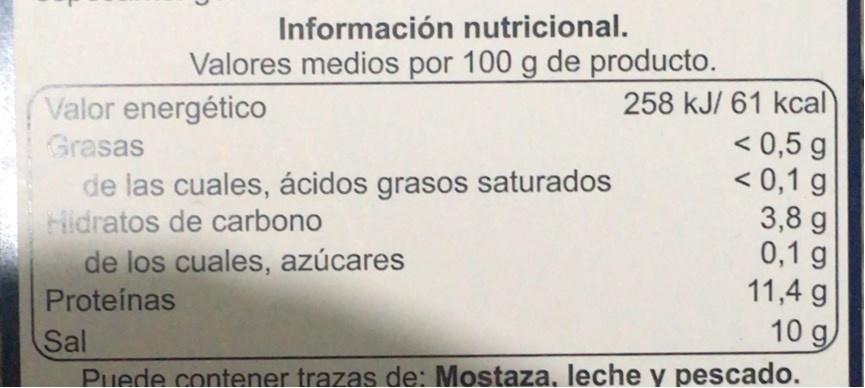
Información nutricional.
Valores medios por 100 g de producto.
258 kJ/ 61 kcal < 0,5 g < 0,1 g 3,8 g 0,1 g 11,4 g 10 g
Valor energético
Grasas
de las cuales, ácidos grasos saturados Hidratos de carbono
de los cuales, azúcares
Proteínas
Sal Puede contener trazas de: Mostaza. leche y pescado.